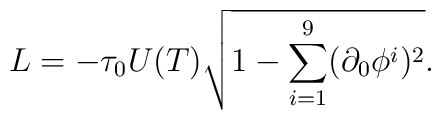
L=-\tau_0U(T)\sqrt{1-\sum_{i=1}^9(\partial_0\phi^i)^2}.